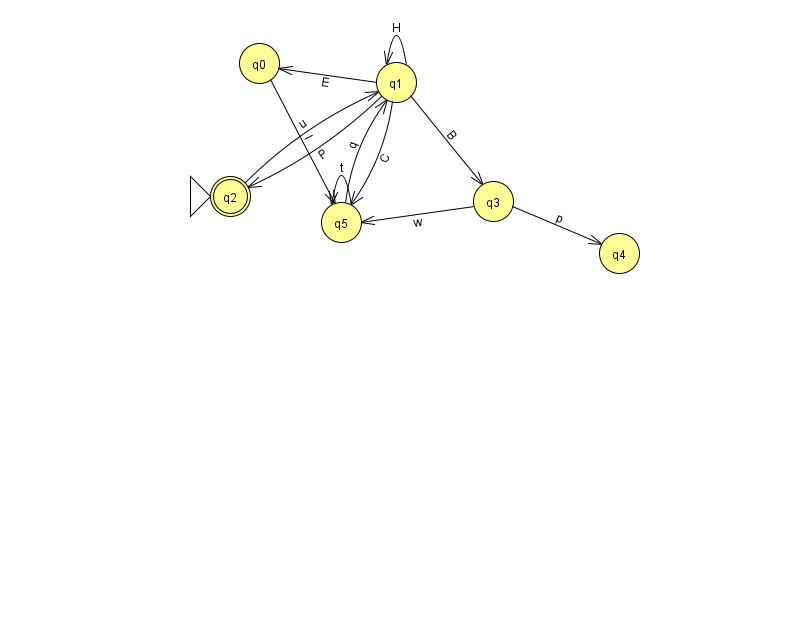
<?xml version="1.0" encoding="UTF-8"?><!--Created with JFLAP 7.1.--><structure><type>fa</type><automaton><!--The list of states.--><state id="0" name="q0"><x>259.0</x><y>50.0</y></state><state id="1" name="q1"><x>396.0</x><y>69.0</y></state><state id="2" name="q2"><x>230.0</x><y>183.0</y><initial/><final/></state><state id="3" name="q3"><x>493.0</x><y>188.0</y></state><state id="4" name="q4"><x>619.0</x><y>240.0</y></state><state id="5" name="q5"><x>341.0</x><y>209.0</y></state><!--The list of transitions.--><transition><from>1</from><to>3</to><read>B</read></transition><transition><from>5</from><to>5</to><read>t</read></transition><transition><from>3</from><to>4</to><read>p</read></transition><transition><from>1</from><to>1</to><read>H</read></transition><transition><from>5</from><to>1</to><read>q</read></transition><transition><from>1</from><to>2</to><read>P</read></transition><transition><from>1</from><to>5</to><read>C</read></transition><transition><from>1</from><to>0</to><read>E</read></transition><transition><from>2</from><to>1</to><read>u</read></transition><transition><from>3</from><to>5</to><read>w</read></transition><transition><from>0</from><to>5</to><read>I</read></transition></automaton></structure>